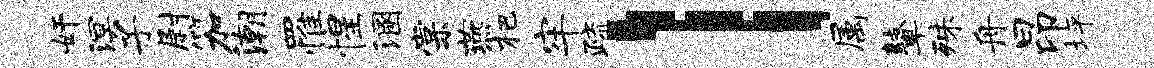
奸溟子尉笳潮罹惺溷棠燕杷牢疏l属鼙殊舟昂坪